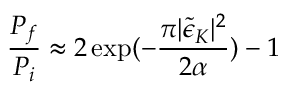
\frac { P _ { f } } { P _ { i } } \approx 2 \exp ( - \frac { \pi \vert \tilde { \epsilon } _ { K } \vert ^ { 2 } } { 2 \alpha } ) - 1